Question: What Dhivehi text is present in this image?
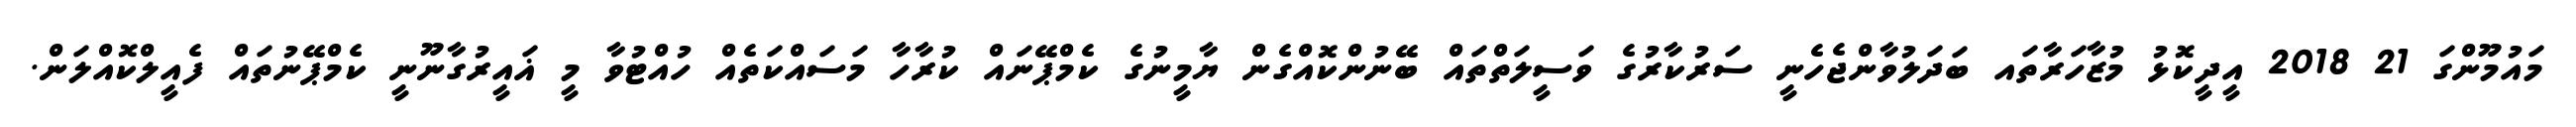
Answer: މައުމޫންގަ 21 2018 އީދީކޮޅު މުޒާހަރާތައ ބަދަލުވާންޖެހެނީ ސަރުކާރުގެ ވަސީލަތްތައް ބޭނުންކޮއްގެން ޔާމީނުގެ ކެމްޕޭނައް ކުރާހާ މަސައްކަތެއް ހުއްޓުވާ މީ ޣައީރުގާނޫނީ ކެމްޕޭނުތައް ފެއީލްކޮއްލަން.